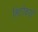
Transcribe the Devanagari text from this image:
सिटीकार्ड